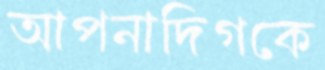
আপনাদিগকে